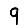
Digit: 9